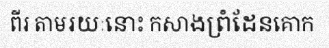
ពីរ តាមរយៈនោះ កសាងព្រំដែនគោក